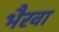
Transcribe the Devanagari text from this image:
भैरवा